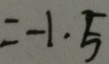
= - 1 . 5